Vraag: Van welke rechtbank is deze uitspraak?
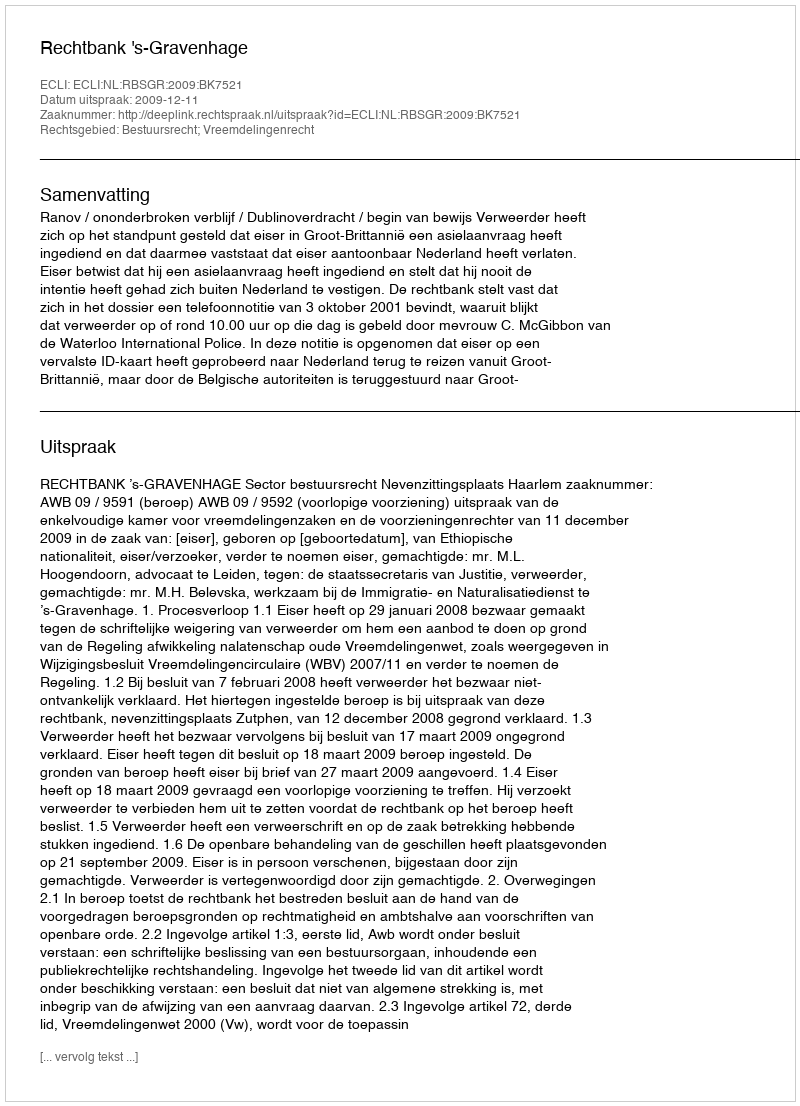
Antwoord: Rechtbank 's-Gravenhage